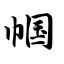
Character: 帼